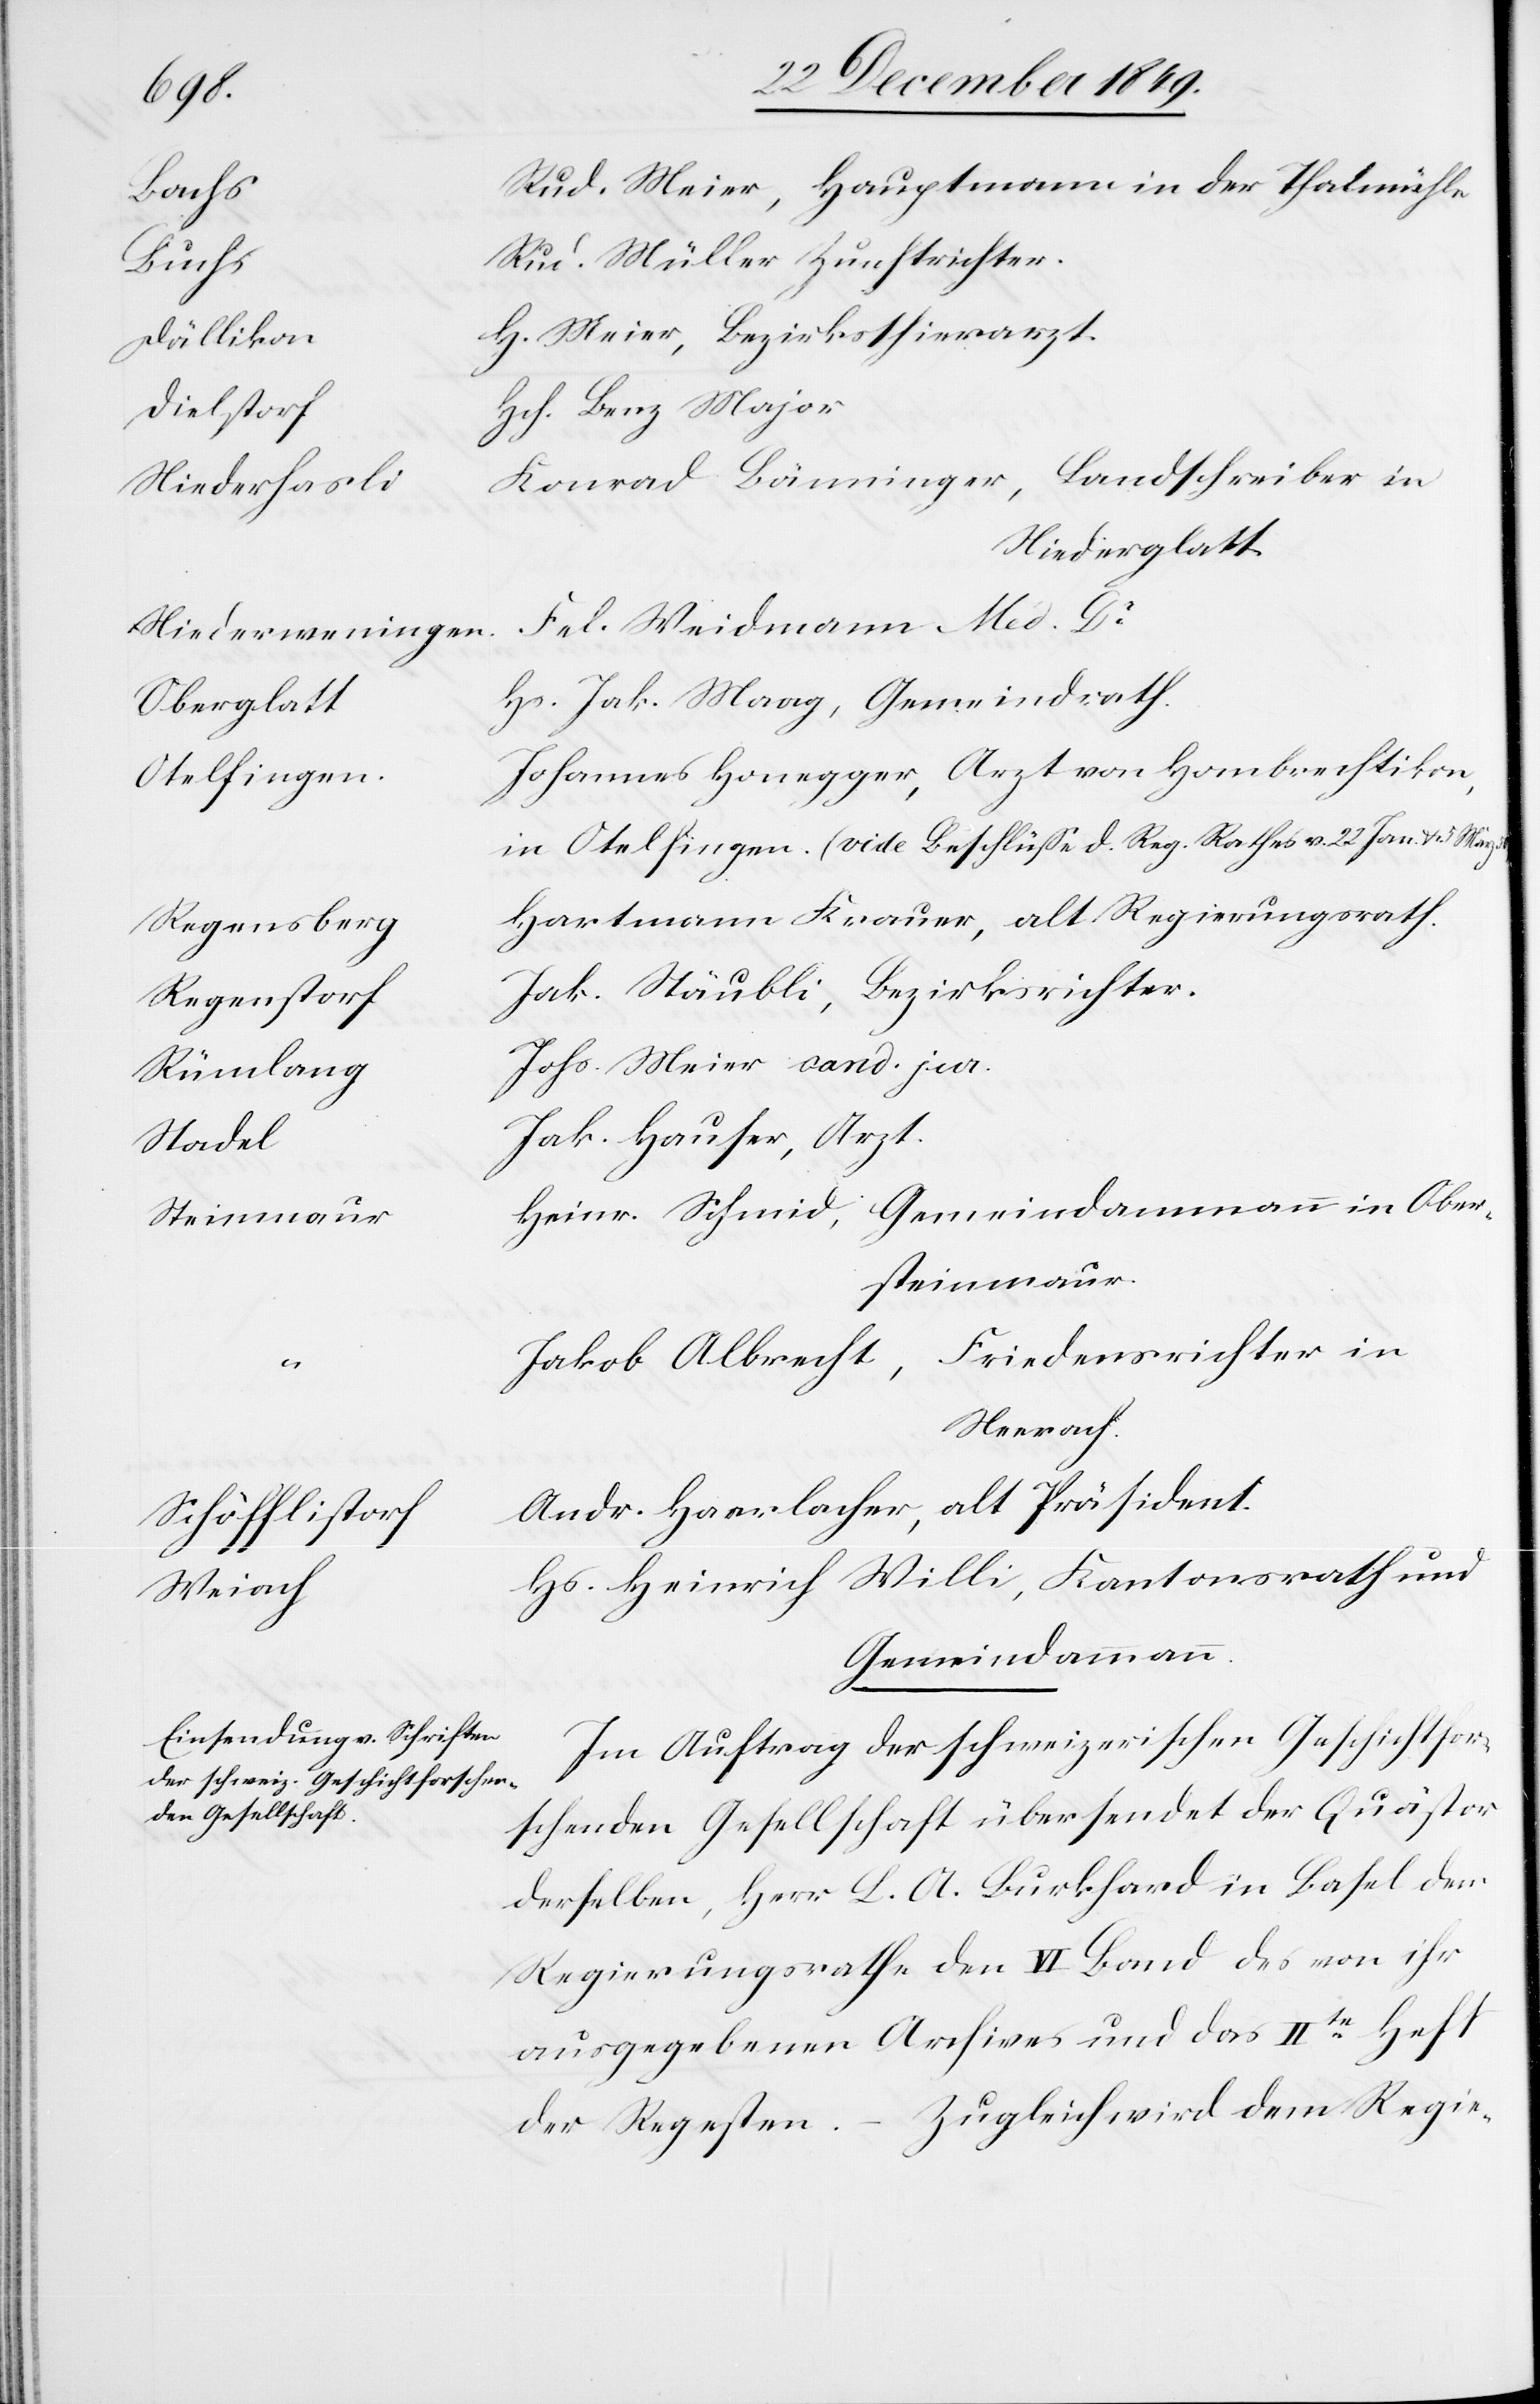
h			H¬
Rathes
Dielstor¬
Niederhasl¬
Niederweninge¬
Oberglat¬
Otelfingen,
Regensberg	H¬
Regenstor¬
Rümlan¬
Stade¬
Steinmau¬
Schöfflistor¬
Weiac¬

ud. Meier, Hauptmann in der Thalmühle
Müller Zunftrichter.
Meier, Bezirksthierarzt.
ch. Benz Major
onrad Bänninger, Landschreiber in
Niederglatt.
n	Fel. Weidmann Med Dr
s. Jak. Maag, Gemeindrath.
ohannes Honegger, Arzt von Hombrechtikon,
artmann Krauer, alt Regierungsrath.
f		Jak. Stäubli, Bezirksrichter.
g		Johs. Meier cand. jur.
ak. Hauser, Arzt.
einr. Schmid, Gemeindammann in Ober¬
steinmaur.
akob Albrecht, Friedensrichter in
Neerach.
ndr. Haarlacher, alt Präsident.
s. Heinrich Willi, Kantonsrath und
Gemeindammann.
Im Auftrag der schweizerischen Geschichtsfor¬
schenden Gesellschaft übersendet der Quästor
derselben, Herr L. A. Burkhard in Basel dem
Regierungsrathe den VI Band des von ihr
ausgegebenen Archives und das IIte Heft
der Regesten. – Zugleich wird dem Regie-